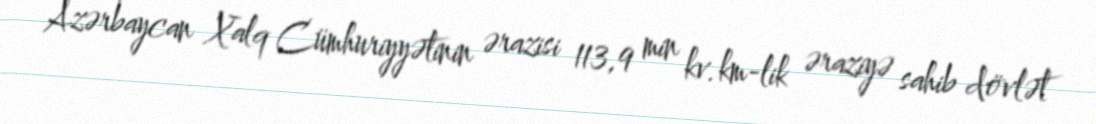
Azərbaycan Xalq Cümhuriyyətinin ərazisi 113,9 min kv.km-lik əraziyə sahib dövlət